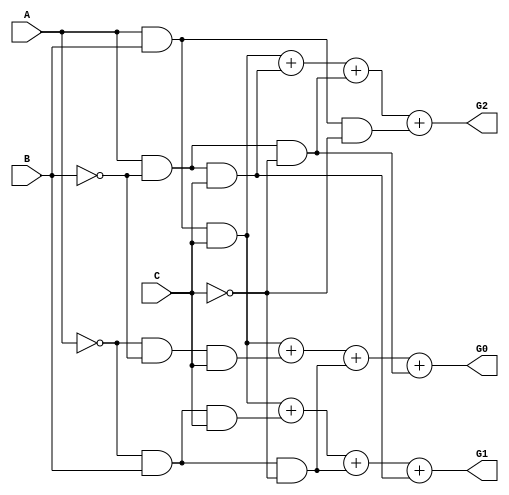
`timescale 1ns / 1ps
//////////////////////////////////////////////////////////////////////////////////
// Company: 
// Engineer: 
// 
// Design Name: 
// Module Name:    B2G 
// Project Name: 
// Target Devices: 
// Tool versions: 
// Description: 
//
// Dependencies: 
//
// Revision: 
// Revision 0.01 - File Created
// Additional Comments: 
//
//////////////////////////////////////////////////////////////////////////////////
module B2G(
    input A,
    input B,
    input C,
    output G0,
    output G1,
    output G2
    );
	 wire NotA,NotB,NotC;
	assign NotA = ~A;
	assign NotB = ~B;
	assign NotC = ~C;
	
	assign G2 = (A & B & C) + (A & NotB &C) + (A &NotB&NotC) +(A&B&NotC);
	assign G1 = (A & B & C) + (NotA & B &C) + (NotA &B&NotC) +(A&NotB&C);
	assign G0 = (A & B & C) + (NotA & NotB &C) + (NotA &B&NotC) +(A&NotB&NotC);
endmodule